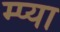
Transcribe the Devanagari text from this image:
म्प्या